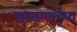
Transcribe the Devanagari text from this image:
सोमणांच्या